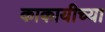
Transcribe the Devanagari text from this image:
काकायीच्या